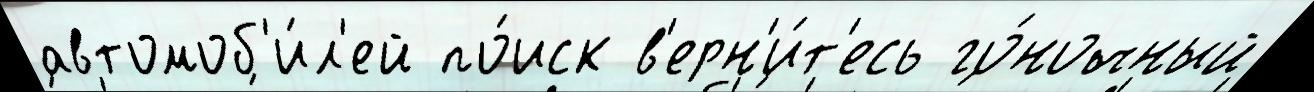
автомоб'и́л'ей по́иск в'ерн'и́т'есь го́ночный